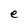
Character: e